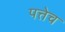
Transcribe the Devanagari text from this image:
पत्तेच